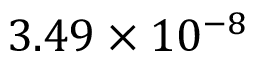
3 . 4 9 \times 1 0 ^ { - 8 }